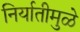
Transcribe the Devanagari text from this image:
निर्यातीमुळे